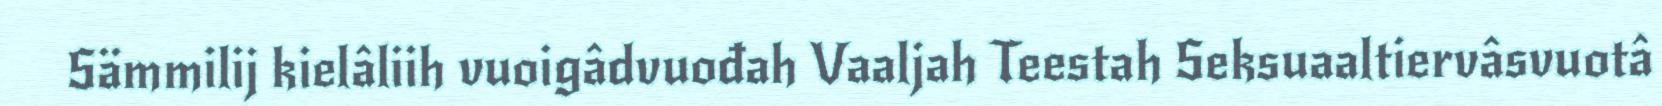
Sämmilij kielâliih vuoigâdvuođah Vaaljah Teestah Seksuaaltiervâsvuotâ